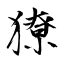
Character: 獠